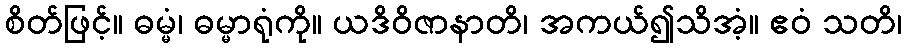
စိတ်ဖြင့်။ ဓမ္မံ၊ ဓမ္မာရုံကို။ ယဒိဝိဇာနာတိ၊ အကယ်၍သိအံ့။ ဧဝံ သတိ၊